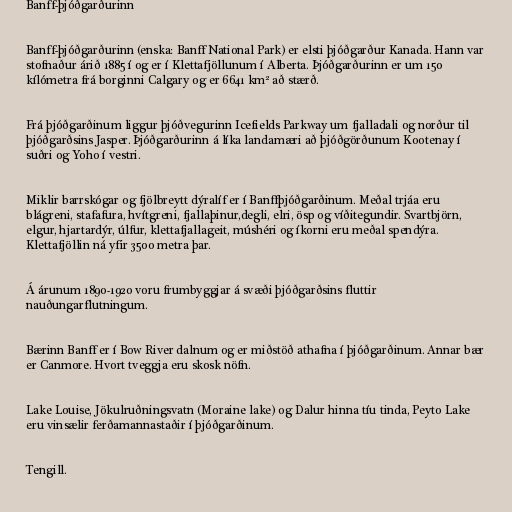
Banff-þjóðgarðurinn

Banff-þjóðgarðurinn (enska: Banff National Park) er elsti þjóðgarður Kanada. Hann var
stofnaður árið 1885 í og er í Klettafjöllunum í Alberta. Þjóðgarðurinn er um 150
kílómetra frá borginni Calgary og er 6641 km² að stærð.

Frá þjóðgarðinum liggur þjóðvegurinn Icefields Parkway um fjalladali og norður til
þjóðgarðsins Jasper. Þjóðgarðurinn á líka landamæri að þjóðgörðunum Kootenay í
suðri og Yoho í vestri.

Miklir barrskógar og fjölbreytt dýralíf er í Banffþjóðgarðinum. Meðal trjáa eru
blágreni, stafafura, hvítgreni, fjallaþinur,degli, elri, ösp og víðitegundir. Svartbjörn,
elgur, hjartardýr, úlfur, klettafjallageit, múshéri og íkorni eru meðal spendýra.
Klettafjöllin ná yfir 3500 metra þar.

Á árunum 1890-1920 voru frumbyggjar á svæði þjóðgarðsins fluttir
nauðungarflutningum.

Bærinn Banff er í Bow River dalnum og er miðstöð athafna í þjóðgarðinum. Annar bær
er Canmore. Hvort tveggja eru skosk nöfn.

Lake Louise, Jökulruðningsvatn (Moraine lake) og Dalur hinna tíu tinda, Peyto Lake
eru vinsælir ferðamannastaðir í þjóðgarðinum.

Tengill.